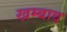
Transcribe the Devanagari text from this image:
खम्बाव